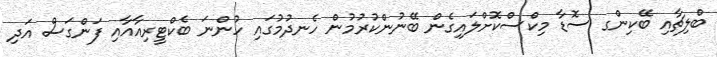
ބްލިޗާއި ބޭކިންގ ސޮޑާ މިކްސްކޮށްލައިގެން ބޭނުންކުރުމުން ހެނދުމުގައި ހުންނަ ބެކްޓީރިއާއާއި ފަންގަސް އަދި